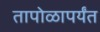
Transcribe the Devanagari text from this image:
तापोळापर्यंत